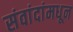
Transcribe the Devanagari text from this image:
संवांदांमधून